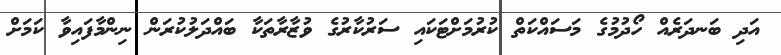
އަދި ބަނދަރެއް ހޯދުމުގެ މަސައްކަތް ކުރުމަށްޓަކައި ސަރުކާރުގެ ވުޒާރާތަކާ ބައްދަލުކުރަން ނިންމާފައިވާ ކަމަށް